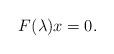
LaTeX: \begin{align*}F(\lambda) x = 0.\end{align*}